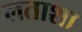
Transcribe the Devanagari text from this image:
लताशा